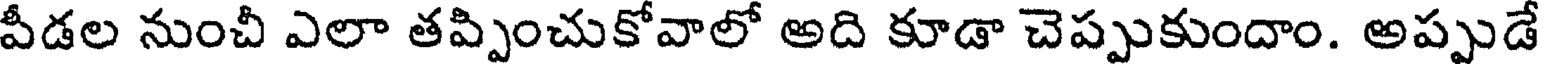
వీడల నుంచీ ఎలా తప్పించుకోవాలో అది కూడా చెప్పుకుందాం. అప్పుడే